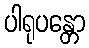
ပါရုပန္တော